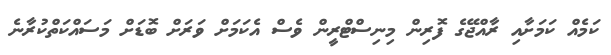
ކަމެއް ކަމަށާއި ރާއްޖޭގެ ފޮރިން މިނިސްޓްރީން ވެސް އެކަމަށް ވަރަށް ބޮޑަށް މަސައްކަތްކުރާނެ